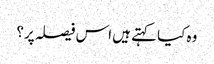
وہ کیا کہتے ہیں اس فیصلہ پر؟